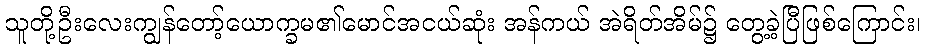
သူတို့ဦးလေးကျွန်တော့်ယောက္ခမ၏မောင်အငယ်ဆုံး အန်ကယ် အဲရိတ်အိမ်၌ တွေ့ခဲ့ပြီဖြစ်ကြောင်း၊